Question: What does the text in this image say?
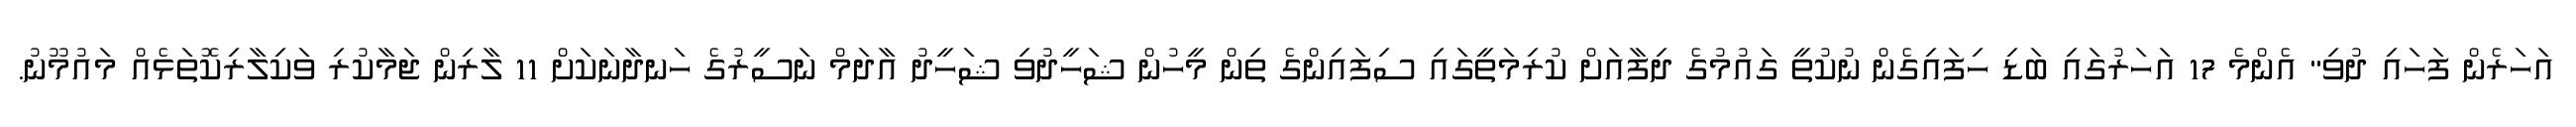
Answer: އަހަރެން ފަހައި ދުވި" އެންމެ 17 އަހަރުގައި ބަޑި ހިފައިގެން ނުކުތީ ގައުމުގެ ދިފާއަށް ކުރިމަތީގައި ސިފައިންގެ ތިން މީހުން ޝަހީދުވި ޝަހީދު އާދަމް ނަސީރުގެ ހަނދާނަކަށް 11 ލާރިން ޖަމާކުރި ވަކިލާރިކޮތަޅެއް މައުމޫނު.